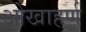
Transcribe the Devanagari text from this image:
ओखाहर्ण